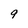
Character: 9